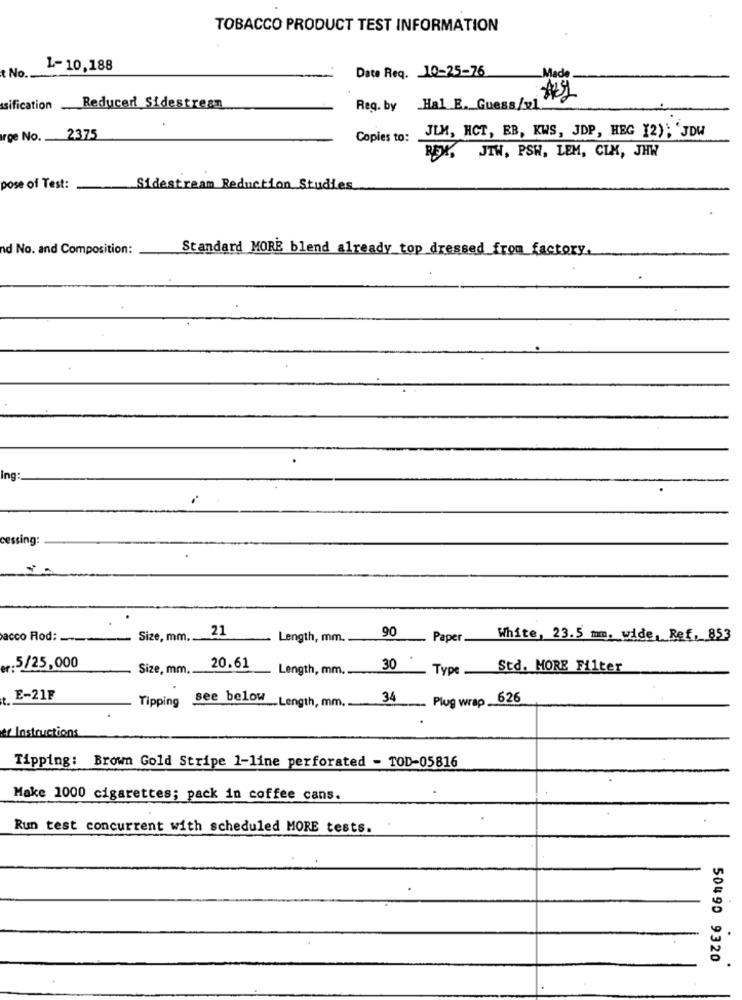
TOBACCO PRODUCT TEST INFORMATION
t No ..
1-10,188
Date Req. 10-25-76
sification
Reducer Sidestream
Reg. by Hal E. Guess/xl
rge No. 2375
Copies to:
JLM, HCT, EB, KWS, JDP, HEG (2); 'JDW
REX, JTW, PSW, LEM, CLX, JHW
pose of Test:
Sidestream Reduction Studies
nd No. and Composition:
Standard MORE blend already_top dressed from_factory.
Ing:
.
ing:
21
90
acco Rod: --- Size, mm ..
Length, mm.
Paper.
White, 23.5 mm. wide, Ref. 853
.. 5/25,000
Size, mm.
20.61
Length, mm ..
30
Type
Std. MORE Filter
E-21F
see below Length, mm. -
34
Plug wrap 626
Tipping
er Instructions
Tipping: Brown Gold Stripe 1-line perforated - TOD-05816
Make 1000 cigarettes; pack in coffee cans.
Run test concurrent with scheduled MORE tests.
50490 9320